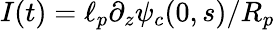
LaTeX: I(t)=\ell_{p}\partial_{z}\psi_{c}(0,s)/R_{p}